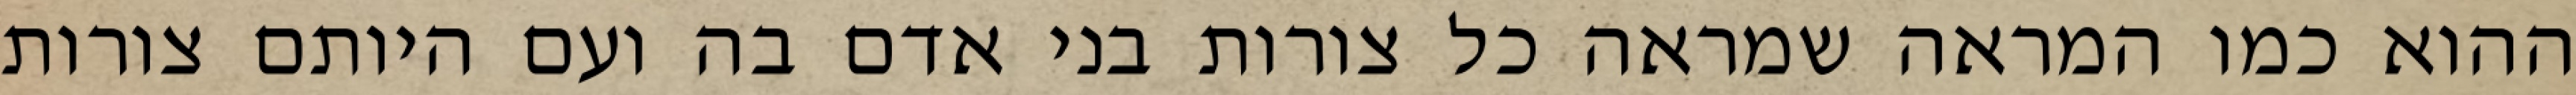
ההוא כמו המראה שמראה כל צורות בני אדם בה ועם היותם צורות